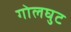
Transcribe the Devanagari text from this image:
गोलघुट